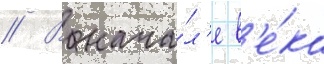
// В нача́л'е в'е́ка